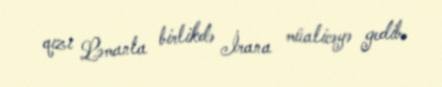
qızı Ləmanla birlikdə İrana müalicəyə gedib.